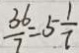
\frac { 3 6 } { 7 } = 5 \frac { 1 } { 7 }